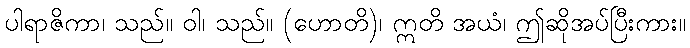
ပါရာဇိကာ၊ သည်။ ဝါ၊ သည်။ (ဟောတိ)၊ ဣတိ အယံ၊ ဤဆိုအပ်ပြီးကား။